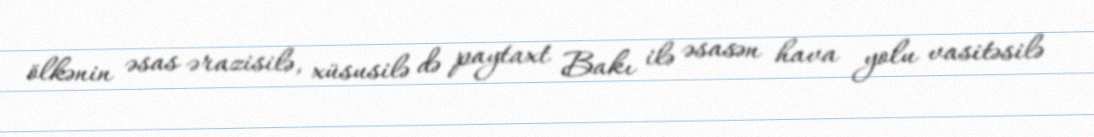
ölkənin əsas ərazisilə, xüsusilə də paytaxt Bakı ilə əsasən hava yolu vasitəsilə